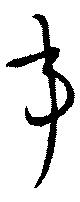
事